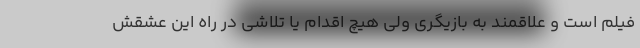
فیلم است و علاقمند به بازیگری ولی هیچ اقدام یا تلاشی در راه این عشقش